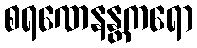
စရဏေနန္တကရော